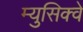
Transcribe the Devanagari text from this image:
म्युसिक्वे